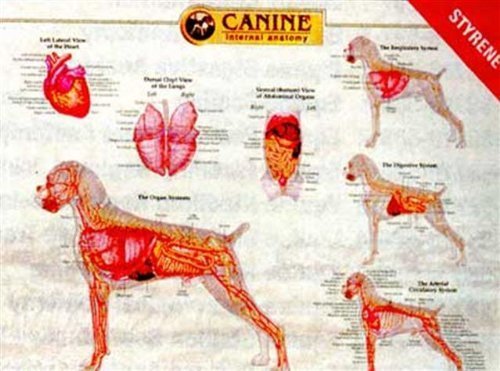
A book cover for Canine Internal Organ Anatomy Chart; Anatomical Chart Company; Medical Books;